Burma Government Medical School reports 1923-41
Year: 1923
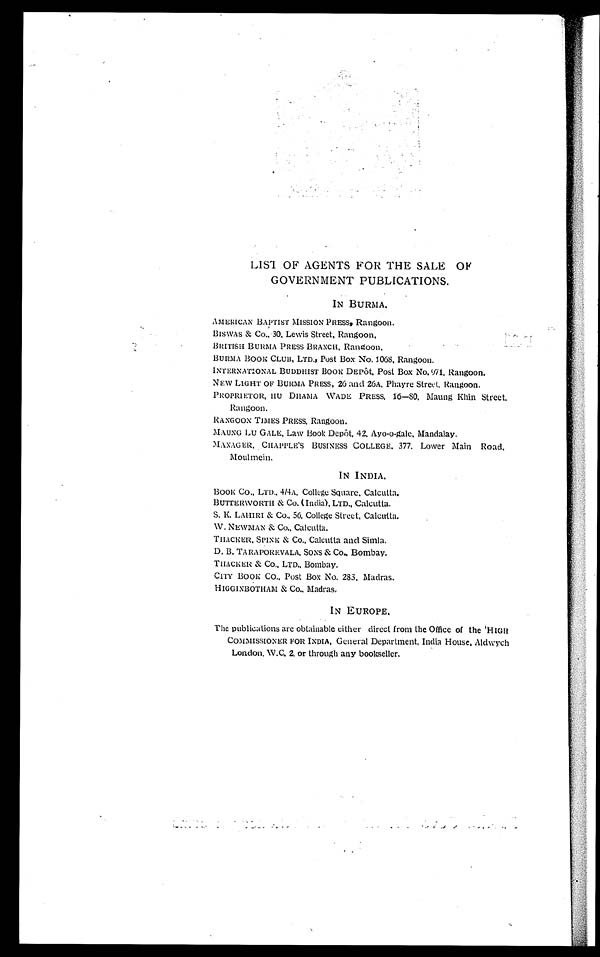
LIST OF AGENTS FOR THE SALE OF
GOVERNMENT PUBLICATIONS.
IN BURMA.
AMERICAN BAPTIST MISSION PRESS, Rangoon.
BISWAS & Co.,30, Lewis Street, Rangoon,
BRITISH BURMA PRESS BRANCH, Rangoon,
BURMA BOON CLUB, LTD., Post Box No. 1068, Rangoon,
INTERNATIONAL BUDDHIST BOOK DEPÔt, Post Box No.971, Rangoon,
NEW LIGHT OF BURMA PRESS, 26 and 26A, Phayre Street, Rangoon.
PROPRIETOR, HU DHAMA WADE PRESS, 16-80, Maung Khin Street.
Rangoon.
RANGOON TIMES PRESS. Rangoon.
MAUNG Lu GALE, Law Book DepÔt, 42, Ayo-o-gale, Mandalay.
MANAGER, CHAPPLE' S BUSINESS COLLEGE. 377. Lower Main Road.
Moulmein.
IN INDIA,
BOOK Co., LTD., 4/4A, College Square, Calcutta.
BUTTERWORTH & Co. (India), LTD., Calcutta.
S. K. LAHIRI & Co., 56, College Street, Calcutta.
W. NEWMAN & Co., Calcutta.
THACKER, SPINK & Co., Calcutta and Simla.
D. B. TARAPOREVALA. SONS & CO., B o m b a y .
THACKER & Co., LTD., Bombay.
CITY BOOK CO., Post Box No. 283, Madras.
HIGGINBOTHAM & CO., Madras.
IN EUROPE,
The publications are obtainable either direct from the Office of the 'HIGH
COMMISSIONER FOR INDIA, General Department, India House, Aldwych
London. W. C. 2. or t hr ough a ny books e l l e r .